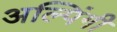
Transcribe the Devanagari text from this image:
अल्पिंगी